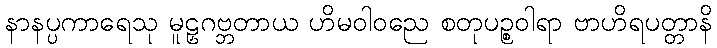
နာနပ္ပကာရေသု မူဠှဂဗ္ဘတာယ ဟိမဝါဝညေ စတုပဉ္စဝါရာ ဗာဟိရပတ္တာနိ